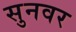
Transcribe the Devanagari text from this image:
सुनवर